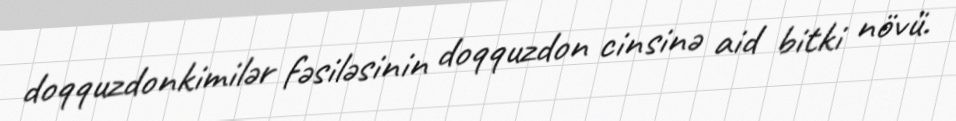
doqquzdonkimilər fəsiləsinin doqquzdon cinsinə aid bitki növü.